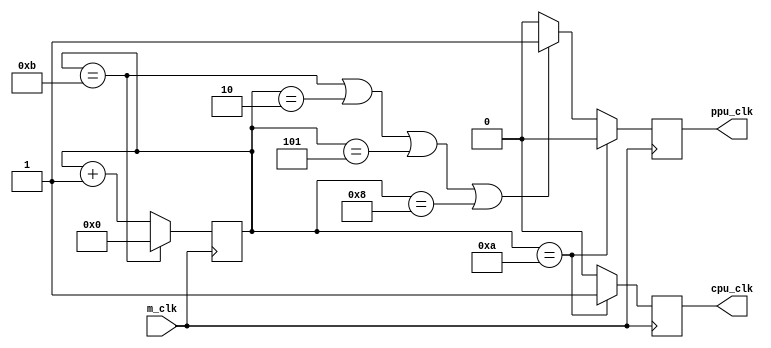
/* clock */
`timescale 1ps/1ps


// NOTE: subject to change - how to synchronize PPU/CPU? 
// PPU = m_clock / 4  = 21.4773 MHz / 4  = 5.37 MHz
// CPU = m_clock / 12 = 21.4773 MHz / 12 = 1.79 MHz

module clock_gen (input m_clk, output ppu_clk, output cpu_clk);
    
    reg [3:0] cycle = 0;
    reg ppu = 1;
    reg cpu = 0;

    assign ppu_clk = ppu;
    assign cpu_clk = cpu;

    // cpu only runs 1/12 during the 12th cycle (cycle 11) 
    // ppu only runs 4/12 during cycles 0, 3, 6, 9
    always @(posedge m_clk) begin
        if (cycle == 10)begin
            cpu <= 1;
            ppu <= 0;
        end
        else if (cycle == 11 || cycle == 2 || cycle == 5 || cycle == 8) begin
            ppu <= 1;
            cpu <= 0;
        end
        else begin
            ppu <= 0;
            cpu <= 0;
        end
            
        if (cycle == 11)
            cycle <= 0;
        else
            cycle <= cycle + 1;
    end
endmodule